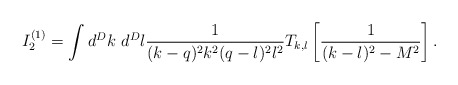
\begin{align*}I_2^{(1)}= \int d^Dk~d^Dl\frac{1}{(k-q)^2k^2(q-l)^2l^2}T_{k,l}\left[\frac{1}{(k-l)^2-M^2}\right].\end{align*}